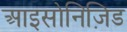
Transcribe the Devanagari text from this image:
आइसोनिज़िड